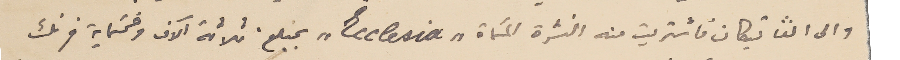
والى الڨاتيكان فأشتريت منه النشرة المسَماة "Ecclesia" بمبلغ ثلاثة آلاف وخمسَماية فرنك